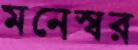
মনেস্বর